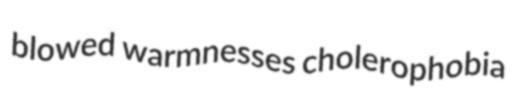
blowed warmnesses cholerophobia